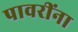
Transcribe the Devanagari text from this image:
पावरींना